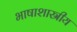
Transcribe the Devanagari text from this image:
भाषाशास्रीय